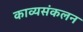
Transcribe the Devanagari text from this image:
काव्यसंकलन